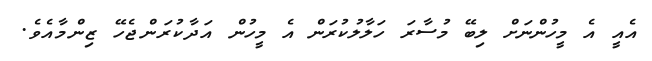
އެއީ އެ މީހުންނަށް ލިބޭ މުސާރަ ހަލާލުކުރަން އެ މީހުން އަދާކުރަންޖެހޭ ޒިންމާއެވެ.